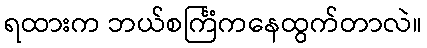
ရထားက ဘယ်စင်္ကြံကနေထွက်တာလဲ။